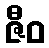
ဇီဝ